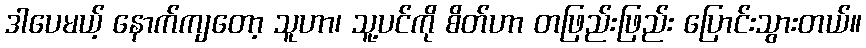
ဒါပေမယ့် နောက်ကျတော့ သူဟာ၊ သူ့ပင်ကို စိတ်ဟာ တဖြည်းဖြည်း ပြောင်းသွားတယ်။